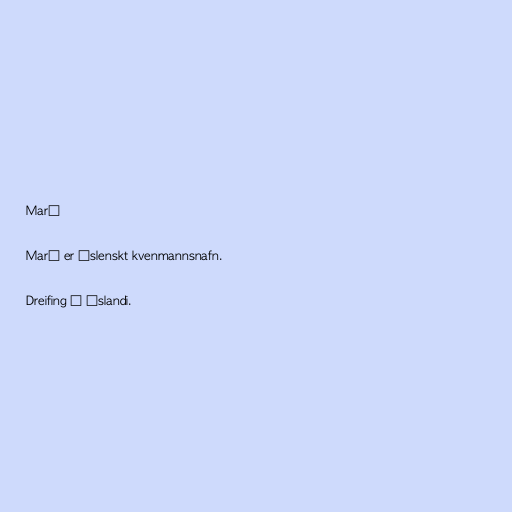
Marý

Marý er íslenskt kvenmannsnafn.

Dreifing á Íslandi.